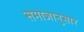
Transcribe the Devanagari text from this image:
समाजानुसार